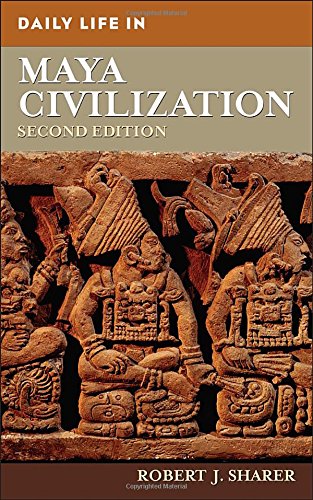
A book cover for Daily Life in Maya Civilization; Robert J. Sharer; History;